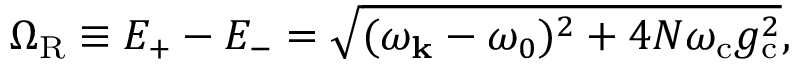
\Omega _ { \mathrm { R } } \equiv E _ { + } - E _ { - } = \sqrt { ( \omega _ { \bf k } - \omega _ { 0 } ) ^ { 2 } + 4 N \omega _ { \mathrm { c } } g _ { \mathrm { c } } ^ { 2 } } ,